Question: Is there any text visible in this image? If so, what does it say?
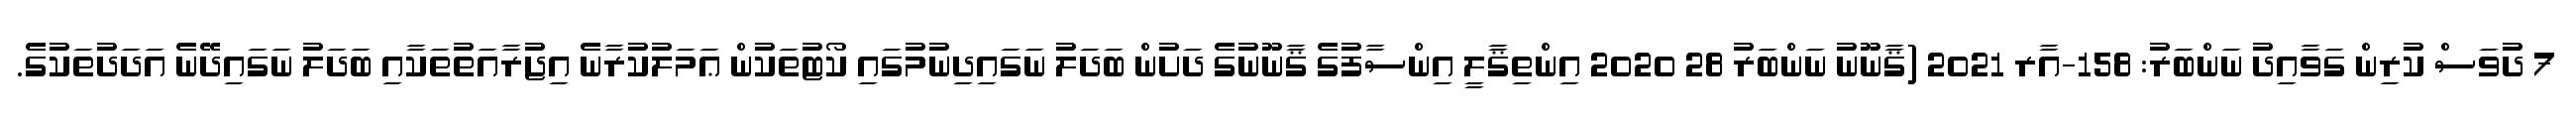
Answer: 7 ދުވަސް ކުރިން ގަވާއިދު ނަންބަރު: 158-އާރ 2021 (ޤާނޫނު ނަންބަރު 28 2020 އިންތިޤާލީ އިންސާފުގެ ޤާނޫނުގެ ދަށުން ބަދަލު ނަގައިދިނުމުގައި ކޯޓުތަކުން ޢަމަލުކުރާނެ އިޖުރާއަތުތަކާއި ބަދަލު ނަގައިދޭނެ އަދަދުތަކުގެ.